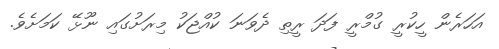
އަހަރެން ހީކުރީ ގުމްރީ ފަދަ ރީތި ދެވަނަ ކުއްޖަކު މިރަށުގައި ނޫޅޭ ކަމަށެވެ.